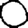
Digit: 0